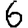
Digit: 6